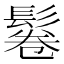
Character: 鬈